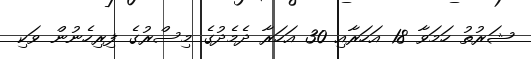
ޝަރުތު ހަމަވާ 18 އަހަރާއި 30 އަހަރާ ދެމެދުގެ މިސްރުގެ ފިރިހެނުން ވަކި